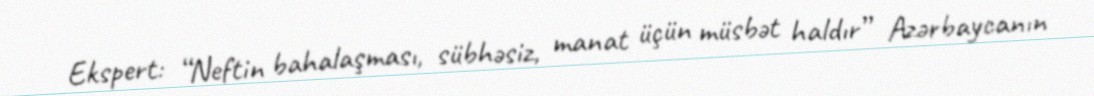
Ekspert: “Neftin bahalaşması, sübhəsiz, manat üçün müsbət haldır” Azərbaycanın